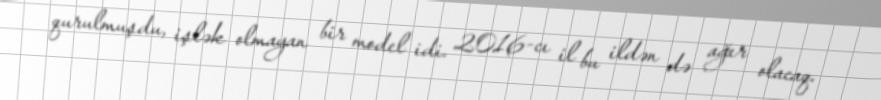
qurulmuşdu, işlək olmayan bir model idi. 2016-cı il bu ildən də ağır olacaq.